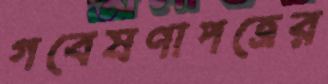
গবেষণাপত্রের